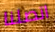
اتصلنا